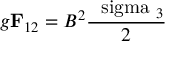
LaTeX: g { \bf F } _ { 1 2 } = B ^ { 2 } { \frac { \mathrm { \boldmath ~ \ s i g m a ~ } _ { 3 } } { 2 } }